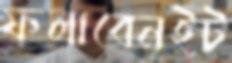
ফলাবেনইট